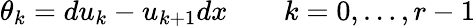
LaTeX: \theta_{k}=du_{k}-u_{k+1}dx\qquad k=0,\ldots,r-1